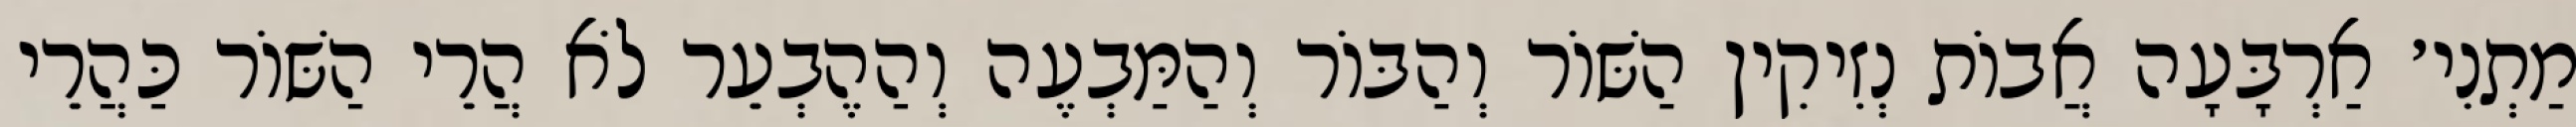
מַתְנִי׳ אַרְבָּעָה אֲבוֹת נְזִיקִין הַשּׁוֹר וְהַבּוֹר וְהַמַּבְעֶה וְהַהֶבְעֵר לֹא הֲרֵי הַשּׁוֹר כַּהֲרֵי